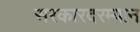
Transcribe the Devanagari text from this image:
सरकारदरम्यान